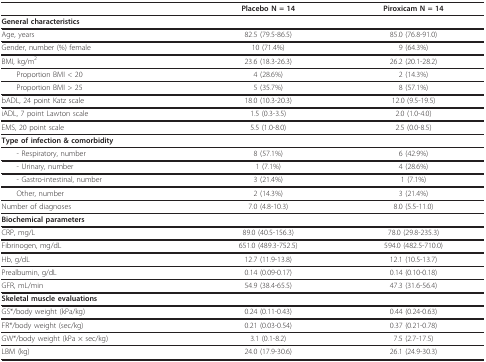
<table><thead><tr><td></td><td><b>Placebo N = 14</b></td><td><b>Piroxicam N = 14</b></td></tr></thead><tbody><tr><td><b>General characteristics</b></td><td></td><td></td></tr><tr><td>Age, years</td><td>82.5 (79.5-86.5)</td><td>85.0 (76.8-91.0)</td></tr><tr><td>Gender, number (%) female</td><td>10 (71.4%)</td><td>9 (64.3%)</td></tr><tr><td>BMI, kg/m<sup>2</sup></td><td>23.6 (18.3-26.3)</td><td>26.2 (20.1-28.2)</td></tr><tr><td> Proportion BMI &lt; 20</td><td>4 (28.6%)</td><td>2 (14.3%)</td></tr><tr><td> Proportion BMI &gt; 25</td><td>5 (35.7%)</td><td>8 (57.1%)</td></tr><tr><td>bADL, 24 point Katz scale</td><td>18.0 (10.3-20.3)</td><td>12.0 (9.5-19.5)</td></tr><tr><td>iADL, 7 point Lawton scale</td><td>1.5 (0.3-3.5)</td><td>2.0 (1.0-4.0)</td></tr><tr><td>EMS, 20 point scale</td><td>5.5 (1.0-8.0)</td><td>2.5 (0.0-8.5)</td></tr><tr><td><b>Type of infection &amp; comorbidity</b></td><td></td><td></td></tr><tr><td> - Respiratory, number</td><td>8 (57.1%)</td><td>6 (42.9%)</td></tr><tr><td> - Urinary, number</td><td>1 (7.1%)</td><td>4 (28.6%)</td></tr><tr><td> - Gastro-intestinal, number</td><td>3 (21.4%)</td><td>1 (7.1%)</td></tr><tr><td> Other, number</td><td>2 (14.3%)</td><td>3 (21.4%)</td></tr><tr><td>Number of diagnoses</td><td>7.0 (4.8-10.3)</td><td>8.0 (5.5-11.0)</td></tr><tr><td><b>Biochemical parameters</b></td><td></td><td></td></tr><tr><td>CRP, mg/L</td><td>89.0 (40.5-156.3)</td><td>78.0 (29.8-235.3)</td></tr><tr><td>Fibrinogen, mg/dL</td><td>651.0 (489.3-752.5)</td><td>594.0 (482.5-710.0)</td></tr><tr><td>Hb, g/dL</td><td>12.7 (11.9-13.8)</td><td>12.1 (10.5-13.7)</td></tr><tr><td>Prealbumin, g/dL</td><td>0.14 (0.09-0.17)</td><td>0.14 (0.10-0.18)</td></tr><tr><td>GFR, mL/min</td><td>54.9 (38.4-65.5)</td><td>47.3 (31.6-56.4)</td></tr><tr><td><b>Skeletal muscle evaluations</b></td><td></td><td></td></tr><tr><td>GS*/body weight (kPa/kg)</td><td>0.24 (0.11-0.43)</td><td>0.44 (0.24-0.63)</td></tr><tr><td>FR*/body weight (sec/kg)</td><td>0.21 (0.03-0.54)</td><td>0.37 (0.21-0.78)</td></tr><tr><td>GW*/body weight (kPa × sec/kg)</td><td>3.1 (0.1-8.2)</td><td>7.5 (2.7-17.5)</td></tr><tr><td>LBM (kg)</td><td>24.0 (17.9-30.6)</td><td>26.1 (24.9-30.3)</td></tr></tbody></table>